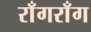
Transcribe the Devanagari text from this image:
राँगराँग